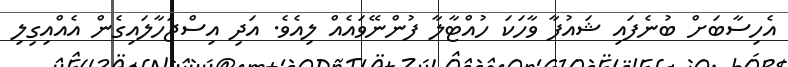
އެހިސާބަށް ބުނެފައި ޝައުފާ ވާހަކަ ހުއްޓާލާ ފުންނޭވައެއް ލިއެވެ. އަދި އިސްޖަހާލައިގެން އެއްއިގިލި